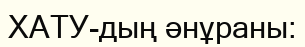
ХАТУ-дың әнұраны: